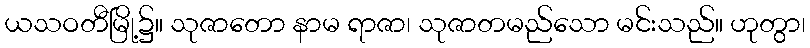
ယသဝတီမြို့၌။ သုဇာတော နာမ ရာဇာ၊ သုဇာတမည်သော မင်းသည်။ ဟုတွာ၊